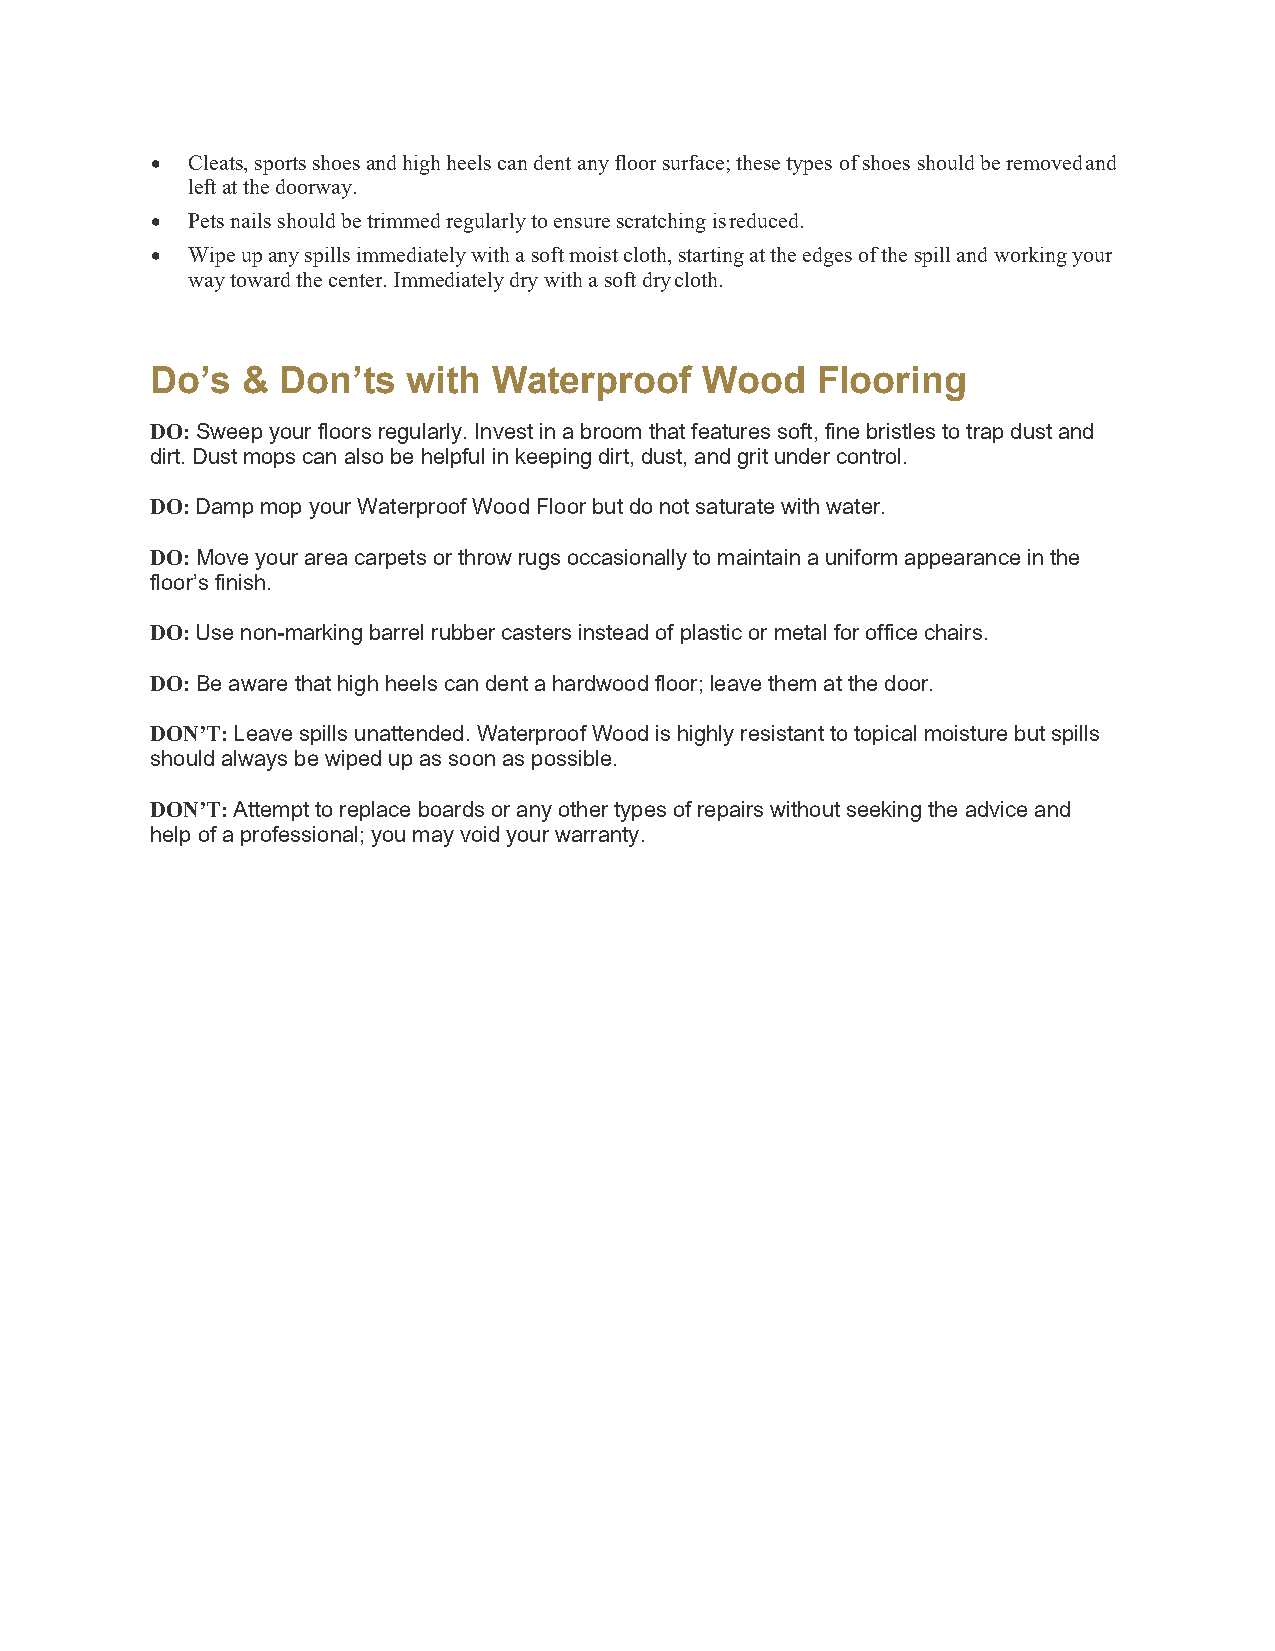
• Cleats, sports shoes and high heels can dent any floor surface; these types of shoes should be removed and
 left at the doorway.
 • Pets nails should be trimmed regularly to ensure scratching is reduced.
 • Wipe up any spills immediately with a soft moist cloth, starting at the edges of the spill and working your
 way toward the center. Immediately dry with a soft dry cloth.
 Do’s  & Don’ts   with  Waterproof   Wood    Flooring
 DO: Sweep your floors regularly. Invest in a broom that features soft, fine bristles to trap dust and
 dirt. Dust mops can also be helpful in keeping dirt, dust, and grit under control.
 DO: Damp mop your Waterproof Wood Floor but do not saturate with water.
 DO: Move your area carpets or throw rugs occasionally to maintain a uniform appearance in the
 floor’s finish.
 DO: Use non-marking barrel rubber casters instead of plastic or metal for office chairs.
 DO: Be aware that high heels can dent a hardwood floor; leave them at the door.
 DON’T: Leave spills unattended. Waterproof Wood is highly resistant to topical moisture but spills
 should always be wiped up as soon as possible.
 DON’T: Attempt to replace boards or any other types of repairs without seeking the advice and
 help of a professional; you may void your warranty.